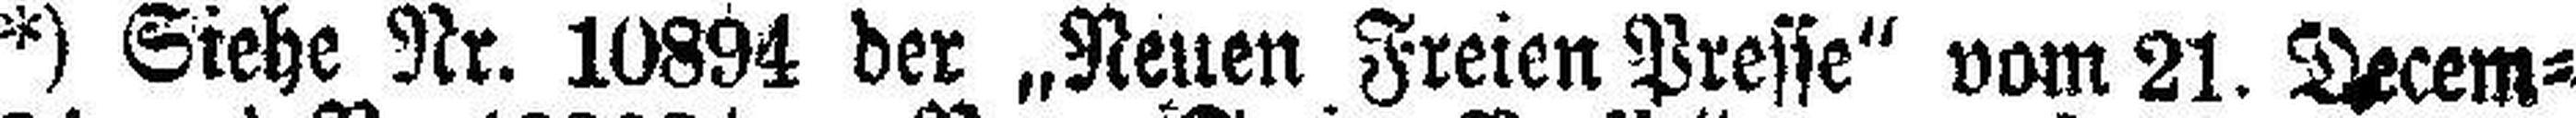
*) Siehe Nr. 10894 der „Neuen Freien Presse“ vom 21. Decem¬